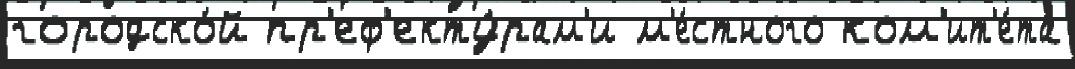
городско́й пр'еф'екту́рам'и м'е́стного ком'ит'е́та